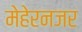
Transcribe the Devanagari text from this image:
मेहेरनजर